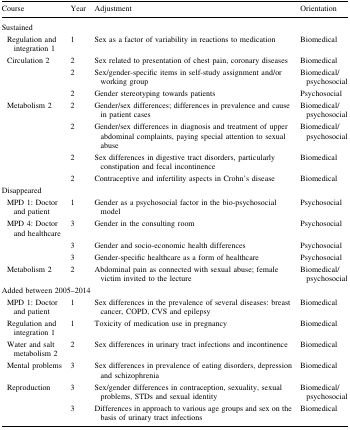
<table><thead><tr><td><b>Course</b></td><td><b>Year</b></td><td><b>Adjustment</b></td><td><b>Orientation</b></td></tr></thead><tbody><tr><td colspan="4">Sustained</td></tr><tr><td> Regulation and integration 1</td><td>1</td><td>Sex as a factor of variability in reactions to medication</td><td>Biomedical</td></tr><tr><td> Circulation 2</td><td>2</td><td>Sex related to presentation of chest pain, coronary diseases</td><td>Biomedical</td></tr><tr><td></td><td>2</td><td>Sex/gender-specific items in self-study assignment and/or working group</td><td>Biomedical/psychosocial</td></tr><tr><td></td><td>2</td><td>Gender stereotyping towards patients</td><td>Psychosocial</td></tr><tr><td> Metabolism 2</td><td>2</td><td>Gender/sex differences; differences in prevalence and cause in patient cases</td><td>Biomedical/psychosocial</td></tr><tr><td></td><td>2</td><td>Gender/sex differences in diagnosis and treatment of upper abdominal complaints, paying special attention to sexual abuse</td><td>Biomedical/psychosocial</td></tr><tr><td></td><td>2</td><td>Sex differences in digestive tract disorders, particularly constipation and fecal incontinence</td><td>Biomedical</td></tr><tr><td></td><td>2</td><td>Contraceptive and infertility aspects in Crohn’s disease</td><td>Biomedical</td></tr><tr><td colspan="4">Disappeared</td></tr><tr><td> MPD 1: Doctor and patient</td><td>1</td><td>Gender as a psychosocial factor in the bio-psychosocial model</td><td>Psychosocial</td></tr><tr><td> MPD 4: Doctor and healthcare</td><td>3</td><td>Gender in the consulting room</td><td>Psychosocial</td></tr><tr><td></td><td>3</td><td>Gender and socio-economic health differences</td><td>Psychosocial</td></tr><tr><td></td><td>3</td><td>Gender-specific healthcare as a form of healthcare</td><td>Psychosocial</td></tr><tr><td> Metabolism 2</td><td>2</td><td>Abdominal pain as connected with sexual abuse; female victim invited to the lecture</td><td>Biomedical/psychosocial</td></tr><tr><td colspan="4">Added between 2005–2014</td></tr><tr><td> MPD 1: Doctor and patient</td><td>1</td><td>Sex differences in the prevalence of several diseases: breast cancer, COPD, CVS and epilepsy</td><td>Biomedical</td></tr><tr><td> Regulation and integration 1</td><td>1</td><td>Toxicity of medication use in pregnancy</td><td>Biomedical</td></tr><tr><td> Water and salt metabolism 2</td><td>2</td><td>Sex differences in urinary tract infections and incontinence</td><td>Biomedical</td></tr><tr><td> Mental problems</td><td>3</td><td>Sex differences in prevalence of eating disorders, depression and schizophrenia</td><td>Biomedical</td></tr><tr><td> Reproduction</td><td>3</td><td>Sex/gender differences in contraception, sexuality, sexual problems, STDs and sexual identity</td><td>Biomedical/psychosocial</td></tr><tr><td></td><td>3</td><td>Differences in approach to various age groups and sex on the basis of urinary tract infections</td><td>Biomedical</td></tr></tbody></table>